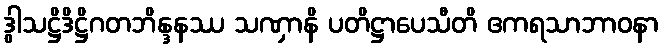
ဒွါသဋ္ဌိဒိဋ္ဌိဂတဘိန္ဒနဿ သဏှာနိ ပတိဋ္ဌာပေသီတိ ဧကရသာဘာဝနာ